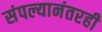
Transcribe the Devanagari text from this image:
संपल्यानंतरही